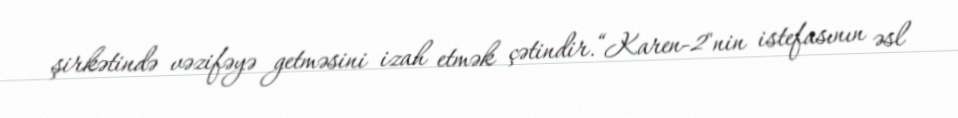
şirkətində vəzifəyə getməsini izah etmək çətindir.“Karen-2"nin istefasının əsl